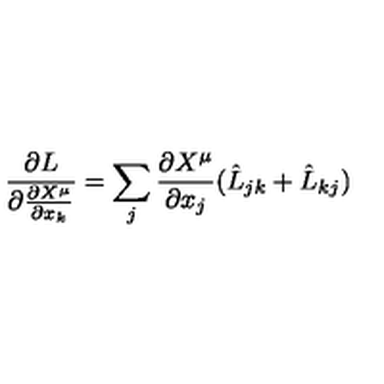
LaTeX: \frac { \partial L } { \partial \frac { \partial X ^ { \mu } } { \partial x _ { k } } } = \sum _ { j } \frac { \partial X ^ { \mu } } { \partial x _ { j } } ( \hat { L } _ { j k } + \hat { L } _ { k j } )